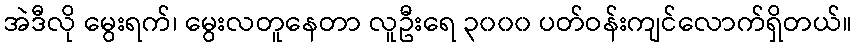
အဲဒီလို မွေးရက်၊ မွေးလတူနေတာ လူဦးရေ ၃၀၀၀ ပတ်ဝန်းကျင်လောက်ရှိတယ်။